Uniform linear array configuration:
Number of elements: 64
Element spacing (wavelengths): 0.25
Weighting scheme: exponential
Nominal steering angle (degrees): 60
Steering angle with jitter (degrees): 60.235
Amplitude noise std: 0.05
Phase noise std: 0.05

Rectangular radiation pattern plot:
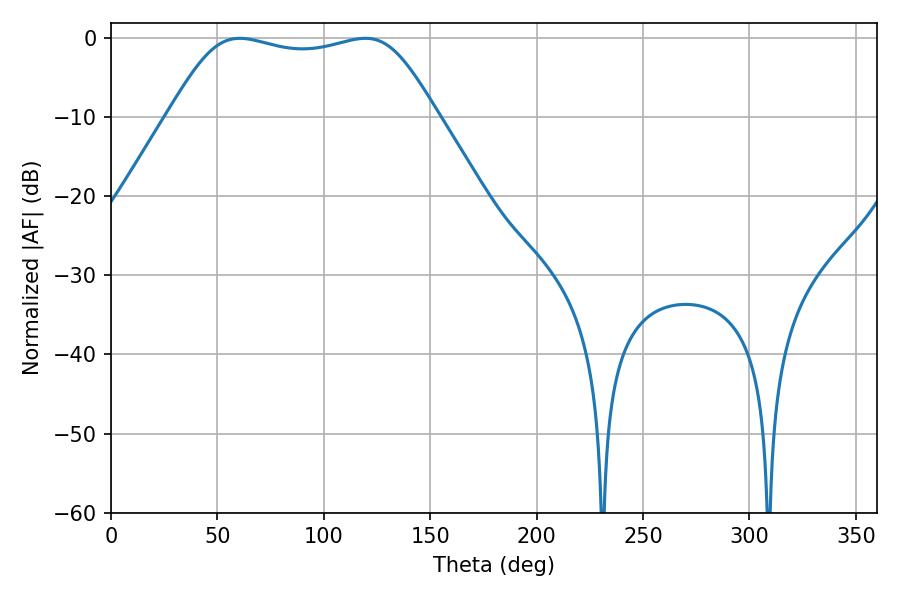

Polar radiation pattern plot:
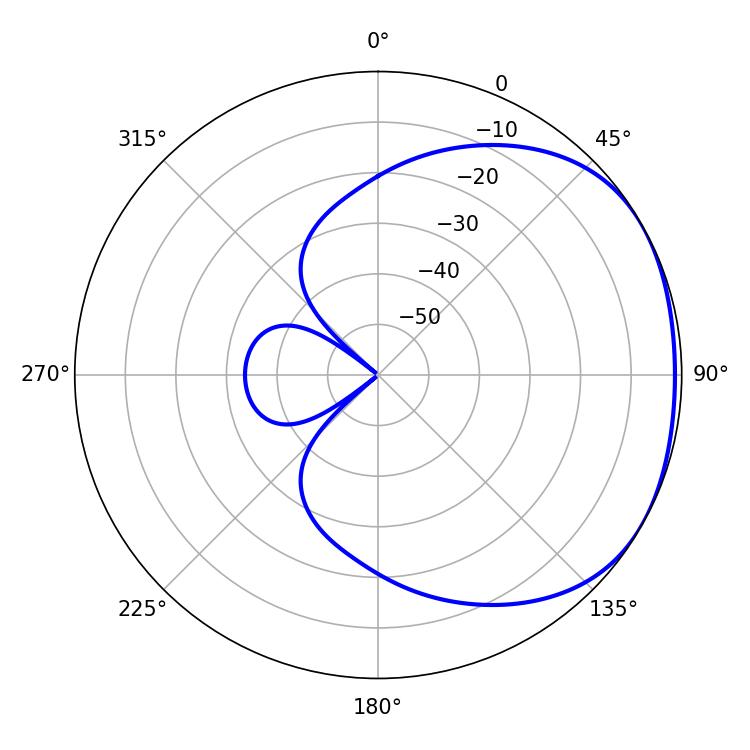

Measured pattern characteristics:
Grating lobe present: FALSE
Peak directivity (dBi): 1.705
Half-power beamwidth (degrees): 96.12
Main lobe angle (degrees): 60.48